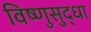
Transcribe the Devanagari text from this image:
विष्णुसुद्धा